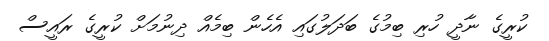
ކުރީގެ ނާދީ ހުރި ބިމުގެ ބަދަލުގައި އެހެން ބިމެއް ދިނުމަށް ކުރީގެ ރައީސް